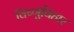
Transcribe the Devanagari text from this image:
विष्णुविहार